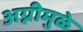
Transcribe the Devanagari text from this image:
अग्नीमुळे